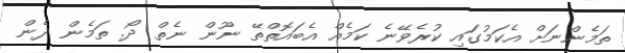
ތަމެންނަށް އެކަމުގައި ކުރެވޭނެ ކަމެއް އެބައޮތްތޭ ނޫން ނެތް ދޯ. ތަމެން ދެން